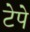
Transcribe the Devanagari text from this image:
टेपे